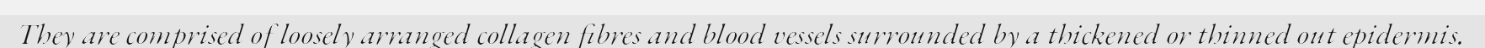
They are comprised of loosely arranged collagen fibres and blood vessels surrounded by a thickened or thinned out epidermis.